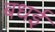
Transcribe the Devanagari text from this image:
बधई